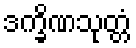
ဒက္ခိဏသုတ္တံ